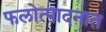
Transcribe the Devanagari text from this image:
फलोत्पादनात